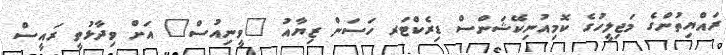
ރައްޔިތުންގެ މަޖިލީހުގެ ކޮމިއުނިކޭޝަންސް ޑިރެކްޓަރ ހަސަން ޒިޔާއު "ވީނިއުސް" އަށް ވިދާޅުވީ ރައީސް